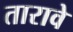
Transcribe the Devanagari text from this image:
तारावे